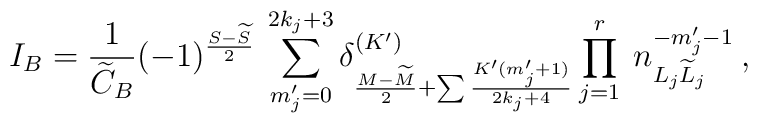
I_B = \frac{1}{\widetilde C_B}(-1)^{\frac{S-\widetilde{S}}{2}}\:\sum_{m_j'=0}^{2k_j+3}\delta_{\frac{M-\widetilde{M}}{2}+\sum\frac{K'(m_j'+1)}{2k_j+4}}^{(K')}\prod_{j=1}^{r}\:n_{L_j \widetilde{L}_j}^{-m_j'-1}\:,